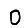
Digit: 0